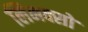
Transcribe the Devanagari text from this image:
लिनक्सों